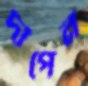
দীপেন